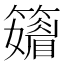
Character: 𥶫